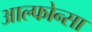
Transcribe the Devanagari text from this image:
आल्फोन्सा